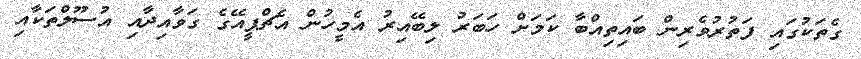
ގެތަކުގައި ފަތުރުވެރިން ބައިތިއްބާ ކަމަށް ހަބަރު ލިބޭއިރު އެމީހުން އެޗްޕީއޭގެ ގަވާއިދާއި އުސޫލްތަކާއި